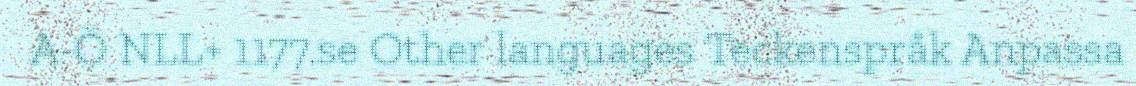
A-Ö NLL+ 1177.se Other languages Teckenspråk Anpassa